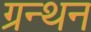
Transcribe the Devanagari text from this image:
ग्रन्थन